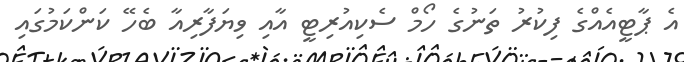
އެ ޕާޓީއެއްގެ ފިކުރު ތަނުގެ ހޯމް ސެކިއުރިޓީ އާއި ވިޔަފާރިއާ ބެހޭ ކަންކަމުގައި